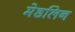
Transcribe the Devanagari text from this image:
मेडलिन